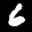
Label: 6